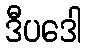
ဒီပဒေါ